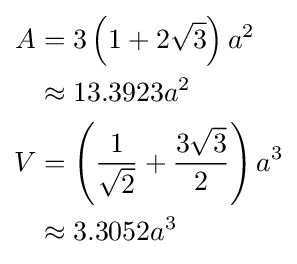
{\begin{aligned}A&=3\left(1+2{\sqrt {3}}\right)a^{2}\\&\approx 13.3923a^{2}\\V&=\left({\frac {1}{\sqrt {2}}}+{\frac {3{\sqrt {3}}}{2}}\right)a^{3}\\&\approx 3.3052a^{3}\end{aligned}}